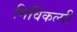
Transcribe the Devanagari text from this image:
निर्विकल्पी